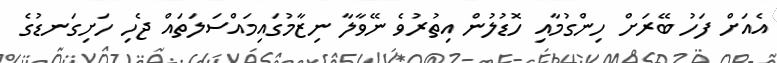
އެއަށް ފަހު ބޭރަށް ހިންގުމާއި ހޮޑުލުން އިތުރުވެ ނޭވާލާ ނިޒާމުގައިމައްސަލަތައް ޖެހި ހަށިގަނޑުގެ